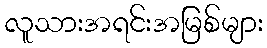
လူသားအရင်းအမြစ်များ